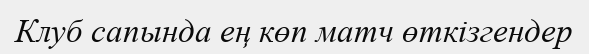
Клуб сапында ең көп матч өткізгендер